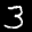
Label: 3